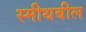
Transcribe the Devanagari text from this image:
स्मीथबील